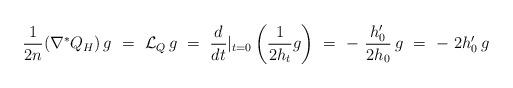
LaTeX: \begin{gather*}\frac{1}{2n}(\nabla^*Q_H)\,g\ =\ \mathcal L_Q\,g\ =\ \frac{d}{dt}\vert_{ t=0}\left(\frac{1}{2h_t}g\right)\ =\ -\ \frac{h'_0}{2h_0}\,g\ =\ -\ 2h'_0\, g\end{gather*}